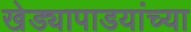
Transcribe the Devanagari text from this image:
खेड्यापाडयांच्या